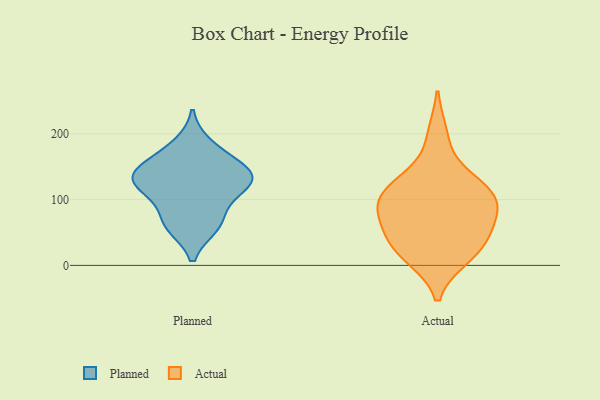
{"axis": {"x": "Churn Rate (%)", "y": "Value"}, "legend": ["Actual", "Planned"], "data": [{"x": "", "y": 120, "type": "Planned"}, {"x": "", "y": 59, "type": "Planned"}, {"x": "", "y": 133, "type": "Planned"}, {"x": "", "y": 80, "type": "Planned"}, {"x": "", "y": 121, "type": "Planned"}, {"x": "", "y": 60, "type": "Planned"}, {"x": "", "y": 154, "type": "Planned"}, {"x": "", "y": 155, "type": "Planned"}, {"x": "", "y": 184, "type": "Planned"}, {"x": "", "y": 137, "type": "Planned"}, {"x": "", "y": 122, "type": "Planned"}, {"x": "", "y": 115, "type": "Actual"}, {"x": "", "y": 43, "type": "Actual"}, {"x": "", "y": 93, "type": "Actual"}, {"x": "", "y": 138, "type": "Actual"}, {"x": "", "y": 199, "type": "Actual"}, {"x": "", "y": 30, "type": "Actual"}, {"x": "", "y": 12, "type": "Actual"}, {"x": "", "y": 13, "type": "Actual"}, {"x": "", "y": 99, "type": "Actual"}, {"x": "", "y": 122, "type": "Actual"}, {"x": "", "y": 67, "type": "Actual"}, {"x": "", "y": 83, "type": "Actual"}, {"x": "", "y": 47, "type": "Actual"}, {"x": "", "y": 96, "type": "Actual"}]}